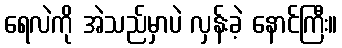
ရေလဲကို အဲသည်မှာပဲ လှန်းခဲ့ နောင်ကြီး။